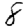
Digit: 8